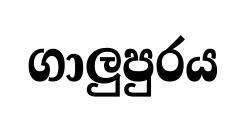
ගාලුපුරය